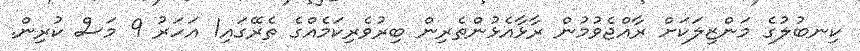
ކިނބުލުގެ މަންޒިލަކަށް ރާއްޖެވުމުން ރާޅާއެޅުންތެރިން ބިރުވެރިކަމެއްގެ ތެރޭގައި1 އަހަރު 9 މަސް ކުރިން.